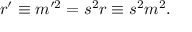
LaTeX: r ^ { \prime } \equiv m ^ { \prime 2 } = s ^ { 2 } r \equiv s ^ { 2 } m ^ { 2 } .